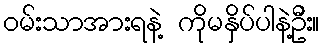
ဝမ်းသာအားရနဲ့ ကိုမနှိပ်ပါနဲ့ဦး။